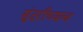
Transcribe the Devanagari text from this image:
सुंदरीच्याच